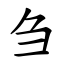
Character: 刍